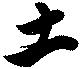
土